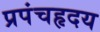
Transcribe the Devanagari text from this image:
प्रपंचहृदय